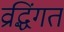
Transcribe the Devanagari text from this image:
व्रद्धिंगत